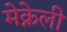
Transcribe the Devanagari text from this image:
मेक्नेली